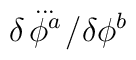
\delta \! \stackrel{{\ldots }}{\phi ^{a}}\! /\delta \phi ^{b}